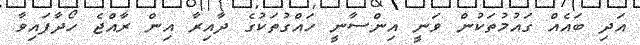
އަދި ބައެއް ގައުމުތަކުން ވަނީ އިންސާނީ ހައްގުތަކުގެ ދާއިރާ އިން ރާއްޖެ ހޯދާފައިވާ